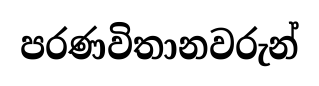
පරණවිතානවරුන්